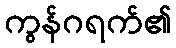
ကွန်ဂရက်၏